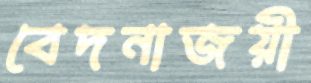
বেদনাজয়ী